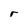
Character: r